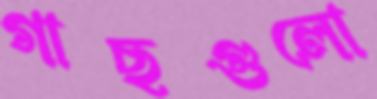
গাছগুলো